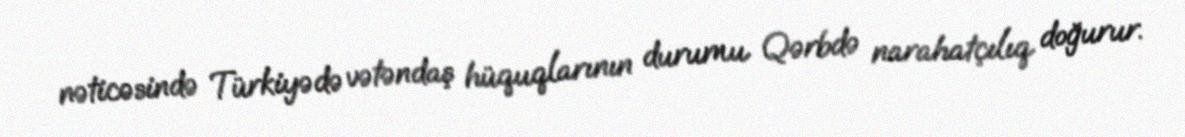
nəticəsində Türkiyədə vətəndaş hüquqlarının durumu Qərbdə narahatçılıq doğurur.